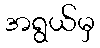
အရွယ်မှ